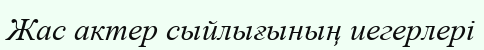
Жас актер сыйлығының иегерлері